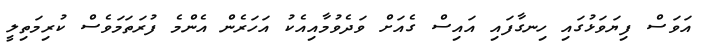
އަވަސް ފިޔަވަޅުގައި ހިނގާފައި އައިސް ގެއަށް ވަދެވުމާއިއެކު އަހަރެން އެންމެ ފުރަތަމަވެސް ކުރިމަތިލީ